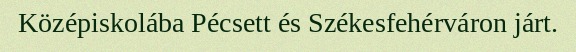
Középiskolába Pécsett és Székesfehérváron járt.